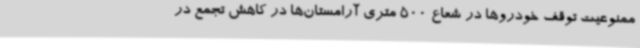
ممنوعیت توقف خودروها در شعاع 500 متری آرامستان‌ها در کاهش تجمع در